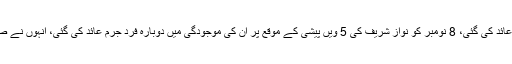
مریم نواز اور کیپٹن ریٹائرڈ صفدر پر ان کی موجودگی میں 19 اکتوبر کو فرد جرم عائد کی گئی، 8 نومبر کو نواز شریف کی 5 ویں پیشی کے موقع پر ان کی موجودگی میں دوبارہ فرد جرم عائد کی گئی، انہوں نے صحت جرم سے انکار کیا، جس کے بعد گواہوں کی طلبی کے سمن جاری کیے گئے۔